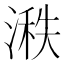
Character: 𪶵